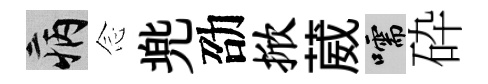
病𫝹兠劭掀葳嚅砕